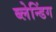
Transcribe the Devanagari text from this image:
ब्लेन्डिंग